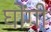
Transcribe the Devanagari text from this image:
घोंगी